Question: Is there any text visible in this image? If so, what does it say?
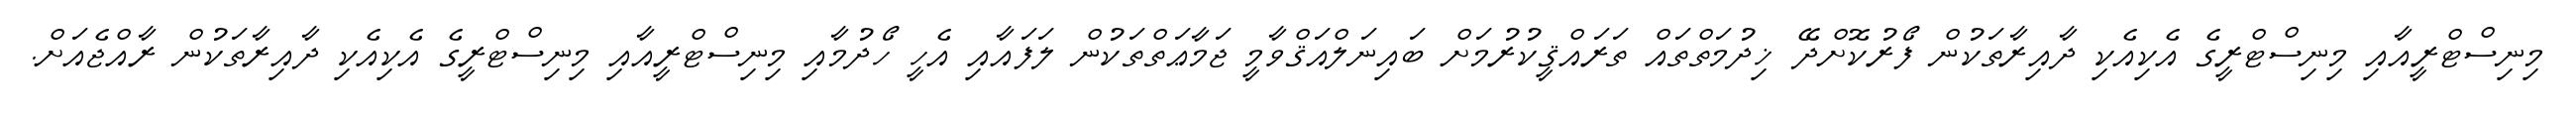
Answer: މިނިސްޓްރީއާއި މިނިސްޓްރީގެ އެކިއެކި ދާއިރާތަކުން ފޯރުކޮށްދޭ ޚިދުމަތްތައް ތަރައްޤީކުރުމަށް ބައިނަލްއަޤްވާމީ ޖަމާޢަތްތަކުން ލަފައާއި އެހީ ހޯދުމާއި މިނިސްޓްރީއާއި މިނިސްޓްރީގެ އެކިއެކި ދާއިރާތަކުން ރާއްޖެއަށް.